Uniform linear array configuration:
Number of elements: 64
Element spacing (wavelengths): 0.75
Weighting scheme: hann
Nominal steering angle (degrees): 15
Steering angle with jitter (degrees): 14.539
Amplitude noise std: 0.05
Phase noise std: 0.05

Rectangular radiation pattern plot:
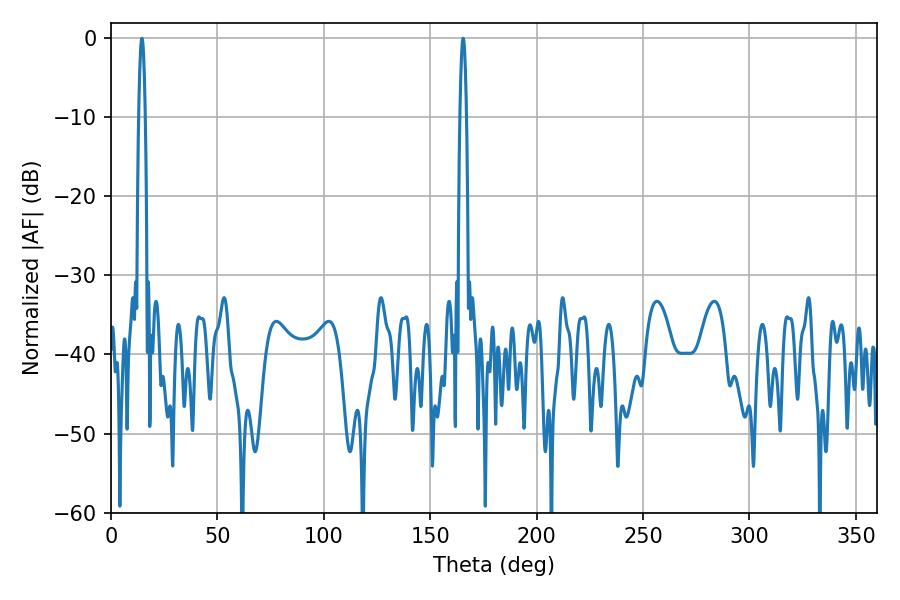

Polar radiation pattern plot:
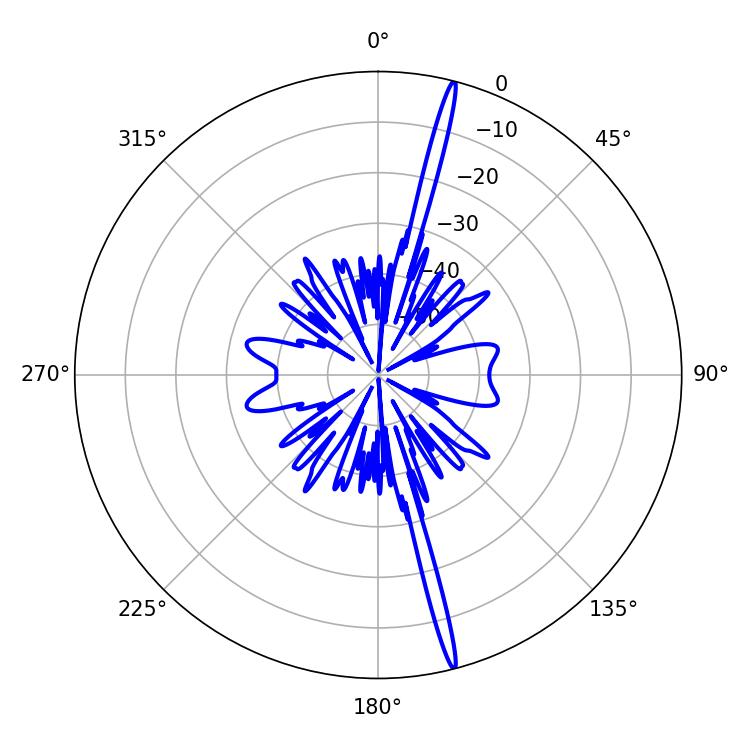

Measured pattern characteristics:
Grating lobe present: TRUE
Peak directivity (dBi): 20.851
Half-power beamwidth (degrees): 1.62
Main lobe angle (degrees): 165.42